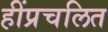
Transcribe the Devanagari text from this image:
हींप्रचलित